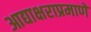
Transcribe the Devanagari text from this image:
आद्याक्षराप्रमाणे